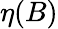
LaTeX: \eta(B)